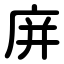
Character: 庰